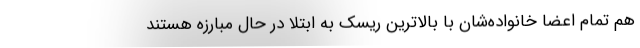
هم تمام اعضا خانواده‌شان با بالاترین ریسک به ابتلا در حال مبارزه هستند